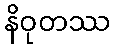
နိဝုတဿ